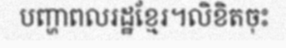
បញ្ហាពលរដ្ឋខ្មែរ។លិខិតចុះ